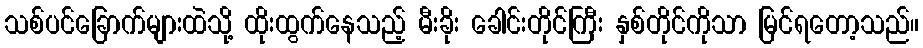
သစ်ပင်ခြောက်များထဲသို့ ထိုးထွက်နေသည့် မီးခိုး ခေါင်းတိုင်ကြီး နှစ်တိုင်ကိုသာ မြင်ရတော့သည်။